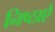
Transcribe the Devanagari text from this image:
निष्ठाऐ